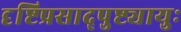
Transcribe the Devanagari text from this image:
दृष्टिप्रसाद्पुष्ट्यायुः